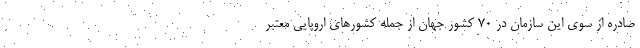
صادره از سوی این سازمان در ۷۰ کشور جهان از جمله کشورهای اروپایی معتبر